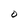
Character: O